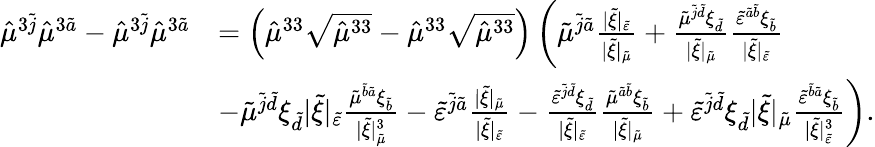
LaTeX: \begin{array}{rl}{\hat{\mu}^{3\tilde{j}}\hat{\mu}^{3\tilde{a}}-\hat{\mu}^{3\tilde{j}}\hat{\mu}^{3\tilde{a}}}&{=\left(\hat{\mu}^{33}\sqrt{\hat{\mu}^{33}}-\hat{\mu}^{33}\sqrt{\hat{\mu}^{33}}\right)\left(\tilde{\mu}^{\tilde{j}\tilde{a}}\frac{\lvert\tilde{\xi}\rvert_{\tilde{\varepsilon}}}{\lvert\tilde{\xi}\rvert_{\tilde{\mu}}}+\frac{\tilde{\mu}^{\tilde{j}\tilde{d}}\xi_{\tilde{d}}}{\lvert\tilde{\xi}\rvert_{\tilde{\mu}}}\frac{\tilde{\varepsilon}^{\tilde{a}\tilde{b}}\xi_{\tilde{b}}}{\lvert\tilde{\xi}\rvert_{\tilde{\varepsilon}}}\right.}\\ &{\left.-\tilde{\mu}^{\tilde{j}\tilde{d}}\xi_{\tilde{d}}\lvert\tilde{\xi}\rvert_{\tilde{\varepsilon}}\frac{\tilde{\mu}^{\tilde{b}\tilde{a}}\xi_{\tilde{b}}}{\lvert\tilde{\xi}\rvert_{\tilde{\mu}}^{3}}-\tilde{\varepsilon}^{\tilde{j}\tilde{a}}\frac{\lvert\tilde{\xi}\rvert_{\tilde{\mu}}}{\lvert\tilde{\xi}\rvert_{\tilde{\varepsilon}}}-\frac{\tilde{\varepsilon}^{\tilde{j}\tilde{d}}\xi_{\tilde{d}}}{\lvert\tilde{\xi}\rvert_{\tilde{\varepsilon}}}\frac{\tilde{\mu}^{\tilde{a}\tilde{b}}\xi_{\tilde{b}}}{\lvert\tilde{\xi}\rvert_{\tilde{\mu}}}+\tilde{\varepsilon}^{\tilde{j}\tilde{d}}\xi_{\tilde{d}}\lvert\tilde{\xi}\rvert_{\tilde{\mu}}\frac{\tilde{\varepsilon}^{\tilde{b}\tilde{a}}\xi_{\tilde{b}}}{\lvert\tilde{\xi}\rvert_{\tilde{\varepsilon}}^{3}}\right).}\end{array}